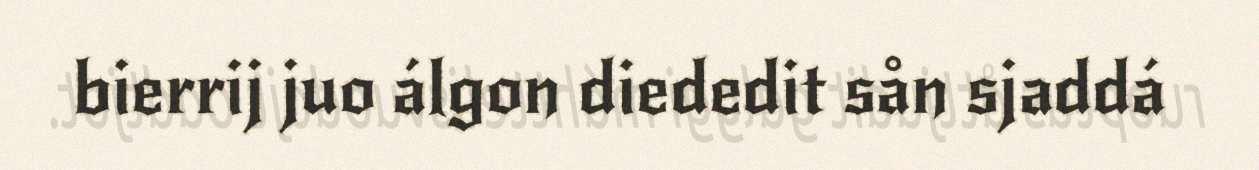
bierrij juo álgon diededit sån sjaddá